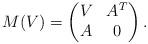
LaTeX: \begin{align*}M(V)=\begin{pmatrix}V&A^T\\ A&0\end{pmatrix}.\end{align*}